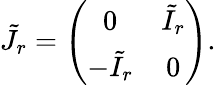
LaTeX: \tilde{J}_{r}=\left(\begin{array}{cc}{{0}}&{{\tilde{I}_{r}}}\\ {{-\tilde{I}_{r}}}&{{0}}\end{array}\right).